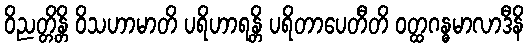
ဝိညတ္တိန္တိ ဝိသဟာမာတိ ပရိဟာရန္တိ ပရိတာပေတီတိ ဝတ္ထဂန္ဓမာလာဒီနိ